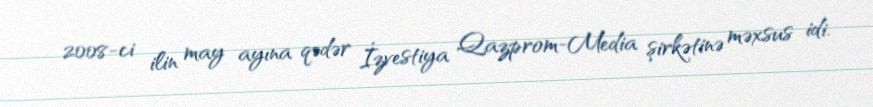
2008-ci ilin may ayına qədər İzvestiya Qazprom-Media şirkətinə məxsus idi.